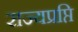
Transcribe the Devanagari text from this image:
राज्यप्रप्ति